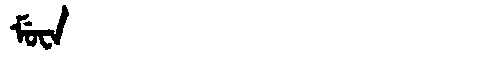
Manchu: ᠮᡠᠸᠠ
Romanization: MUWA